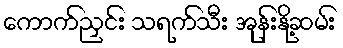
ကောက်ညှင်း သရက်သီး အုန်းနို့ဆမ်း